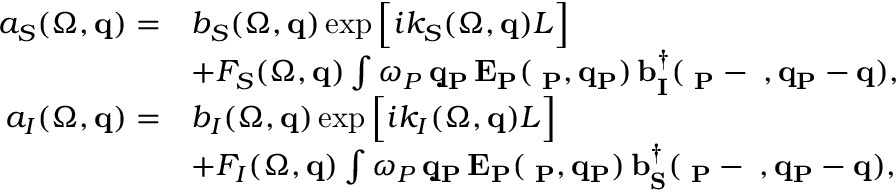
\begin{array} { r l } { a _ { S } ( \Omega , { \bf q } ) = } & { b _ { S } ( \Omega , { \bf q } ) \exp \Big [ i k _ { S } ( \Omega , { \bf q } ) L \Big ] } \\ & { + F _ { S } ( \Omega , { \bf q } ) \int \d \omega _ { P } \, \d { \bf q } _ { P } \, E _ { P } ( \Omega _ { P } , { \bf q } _ { P } ) \, b _ { I } ^ { \dagger } ( \Omega _ { P } - \Omega , { \bf q } _ { P } - { \bf q } ) , } \\ { a _ { I } ( \Omega , { \bf q } ) = } & { b _ { I } ( \Omega , { \bf q } ) \exp \Big [ i k _ { I } ( \Omega , { \bf q } ) L \Big ] } \\ & { + F _ { I } ( \Omega , { \bf q } ) \int \d \omega _ { P } \, \d { \bf q } _ { P } \, E _ { P } ( \Omega _ { P } , { \bf q } _ { P } ) \, b _ { S } ^ { \dagger } ( \Omega _ { P } - \Omega , { \bf q } _ { P } - { \bf q } ) , } \end{array}